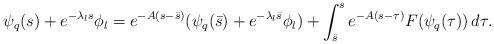
LaTeX: \begin{align*} \psi_{q}(s)+e^{-\lambda_{l}s}\phi_{l}=e^{-A(s-\bar s)}(\psi_{q}(\bar s)+e^{-\lambda_{l}\bar s}\phi_{l})+\int_{\bar s}^{s}e^{-A(s-\tau)}F(\psi_{q}(\tau))\,d\tau. \end{align*}